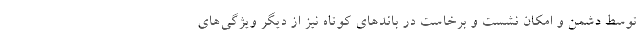
توسط دشمن و امکان نشست و برخاست در باندهای کوتاه نیز از دیگر ویژگی‌های